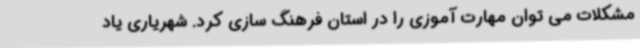
مشکلات می توان مهارت آموزی را در استان فرهنگ سازی کرد. شهریاری یاد